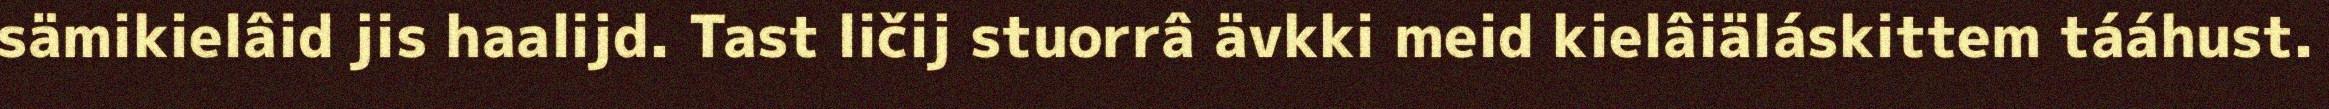
sämikielâid jis haalijd. Tast ličij stuorrâ ävkki meid kielâiäláskittem tááhust.